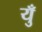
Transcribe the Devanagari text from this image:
युँ